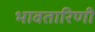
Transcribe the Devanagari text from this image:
भावतारिणी